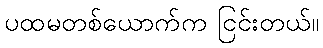
ပထမတစ်ယောက်က ငြင်းတယ်။